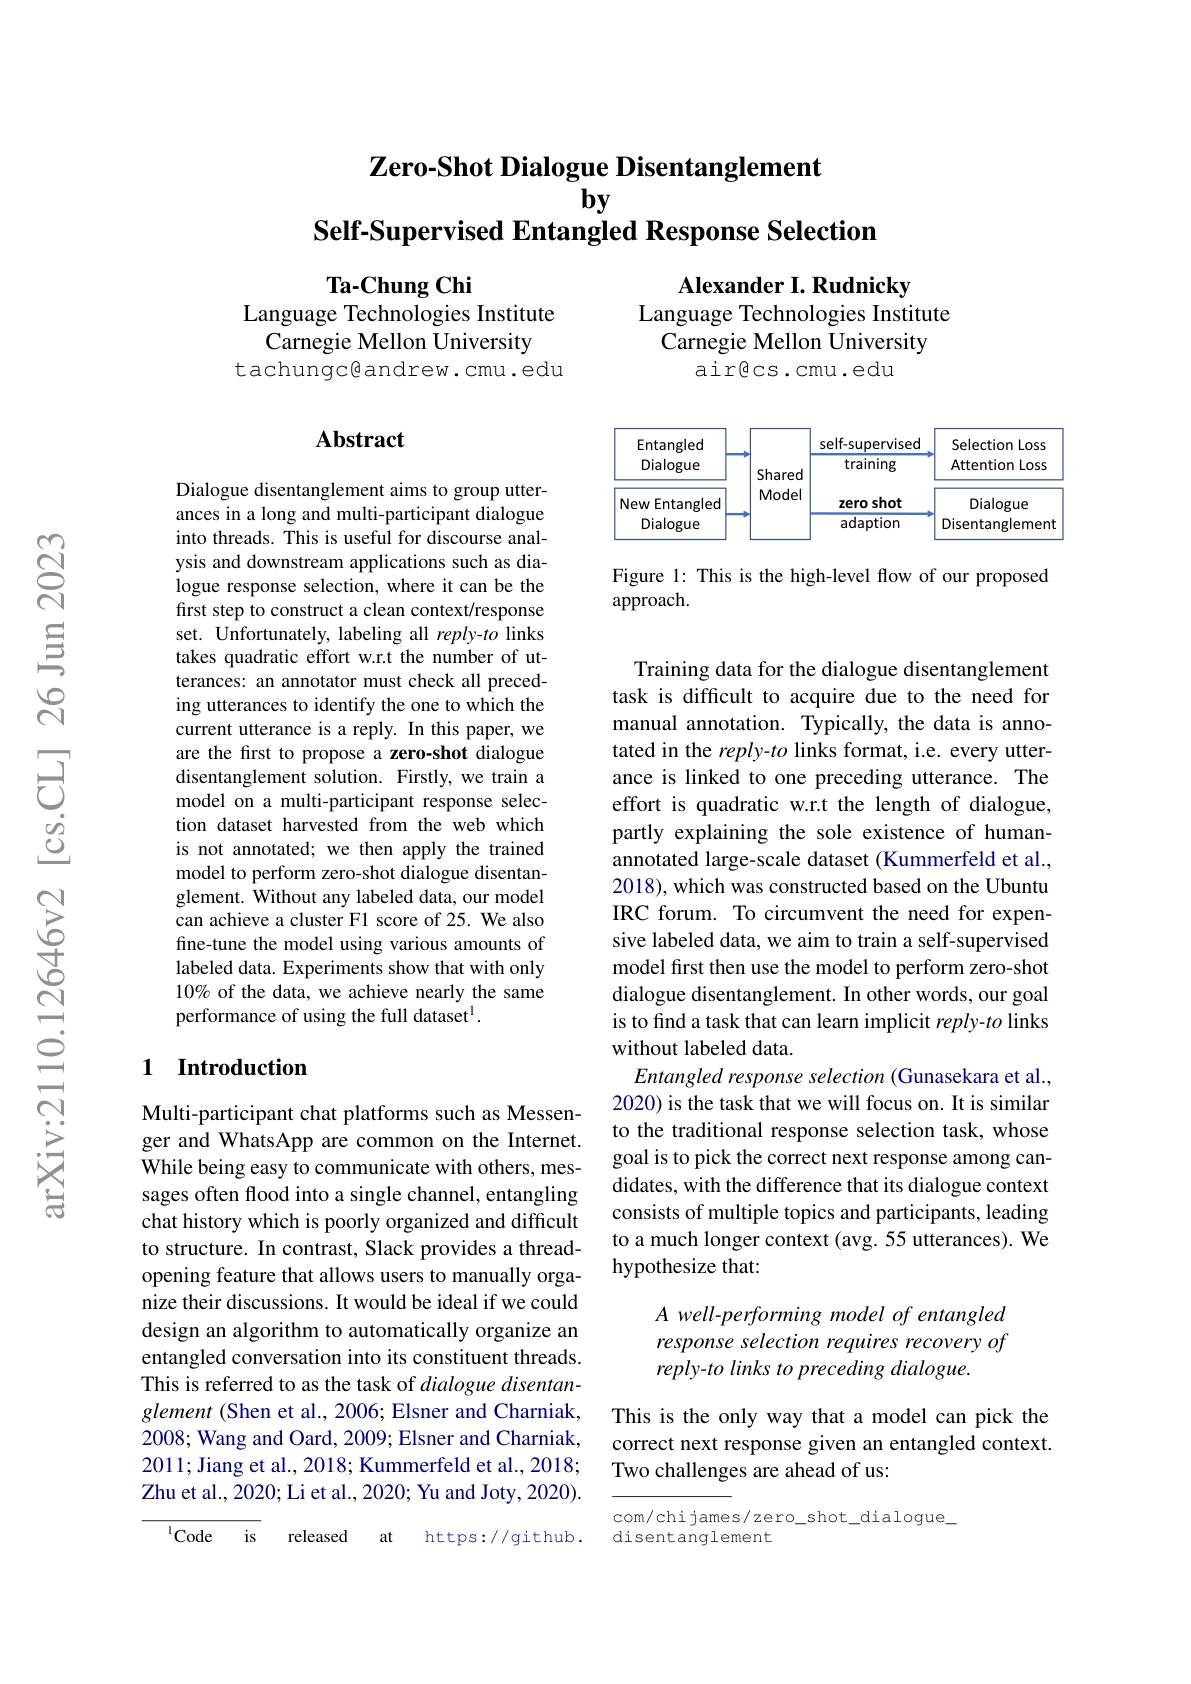
$\textbf{Zero- Shot Dialogue Disentanglement}$
## $by$
Self-Supervised Entangled Response Selection

Ta-Chung Chi
Language Technologies Institute

Alexander I. Rudnicky
Language Technologies Institute

Carnegie Mellon University
air@cs.cmu.edu

Carnegie Mellon University
tachungc@andrew.cmu.edu

## Abstract

<FigureHere>

Figure 1: This is the high-level flow of our proposed
approach.

Dialogue disentanglement aims to group utterances in a long and multi-participant dialogue into threads. This is useful for discourse analysis and downstream applications such as dialogue response selection, where it can be the first step to construct a clean context/response set. Unfortunately, labeling all reply-to links takes quadratic effort w.r.t the number of utterances: an annotator must check all preceding utterances to identify the one to which the current utterance is a reply. In this paper, we are the first to propose a zero-shot dialogue disentanglement solution. Firstly, we train a model on a multi-participant response selection dataset harvested from the web which is not annotated; we then apply the trained model to perform zero-shot dialogue disentanglement. Without any labeled data, our model can achieve a cluster F1 score of 25. We also fine-tune the model using various amounts of labeled data. Experiments show that with only 10% of the data, we achieve nearly the same performance of using the full dataset$^1.$

Training data for the dialogue disentanglement task is difficult to acquire due to the need for manual annotation. Typically, the data is annotated in the reply- to links format, i.e. every utterance is linked to one preceding utterance. The effort is quadratic w.r.t the length of dialogue, partly explaining the sole existence of humanannotated large-scale dataset (Kummerfeld et al. 2018), which was constructed based on the Ubuntu IRC forum. To circumvent the need for expensive labeled data, we aim to train a self-supervised model frst then use the model to perform zero-shot dialogue disentanglement. In other words, our goal is to find a task that can learn implicit reply-to links without labeled data.
Entangled response selection (Gunasekara et al. 2020) is the task that we will focus on. It is similar to the traditional response selection task, whose goal is to pick the correct next response among candidates, with the difference that its dialogue context consists of multiple topics and participants, leading to a much longer context (avg. 55 utterances). We hypothesize that:

## 1 Introduction

Multi-participant chat platforms such as Messenger and WhatsApp are common on the Internet. While being easy to communicate with others, messages often flood into a single channel, entangling chat history which is poorly organized and difficult to structure. In contrast, Slack provides a threadopening feature that allows users to manually organize their discussions. It would be ideal if we could design an algorithm to automatically organize an entangled conversation into its constituent threads. This is referred to as the task of dialogue disentanglement (Shen et al., 2006; Elsner and Charniak, 2008; Wang and Oard, 2009; Elsner and Charniak, 2011; Jiang et al., 2018; Kummerfeld et al., 2018; Zhu et al. , 2020; Li et al. , 2020; Yu and Joty, 2020) .

A well-performing model of entangled response selection requires recovery of reply- to links to preceding dialogue.

This is the only way that a model can pick the correct next response given an entangled context. Two challenges are ahead of us:

com/chi james/zero\_shot\_dialogue\_
disentanglement

$^{1}$Code is
released
at
https://github.